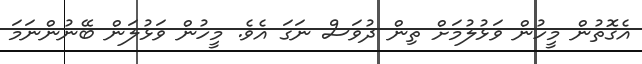
އެގޮތުން މީހުން ވަޅުލުމަށް ތިން ދުވަސް ނަގަ އެވެ. މީހުން ވަޅުލަން ބޭނުންނަމަ